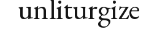
unliturgize